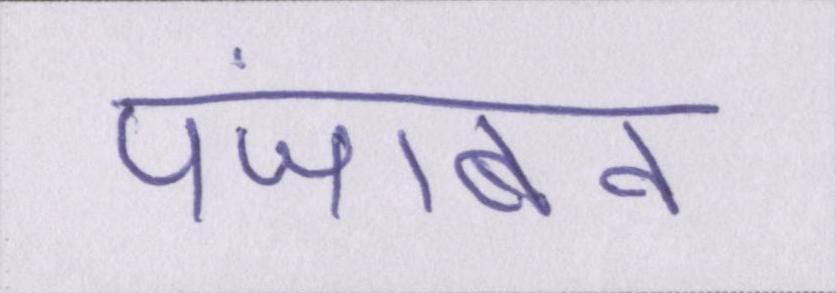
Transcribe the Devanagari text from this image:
पंजाबन